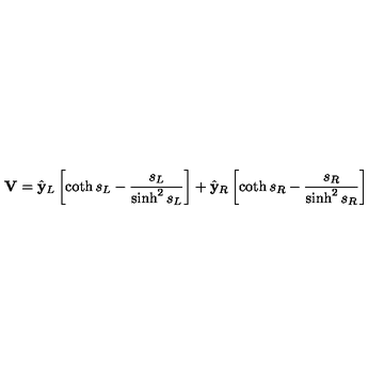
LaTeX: { \bf V } = { \hat { \bf y } } _ { L } \left[ \coth s _ { L } - { \frac { s _ { L } } { \sinh ^ { 2 } s _ { L } } } \right] + { \hat { \bf y } } _ { R } \left[ \coth s _ { R } - { \frac { s _ { R } } { \sinh ^ { 2 } s _ { R } } } \right]